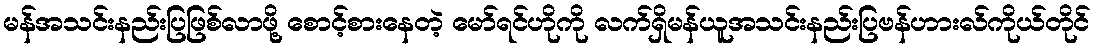
မန်အသင်းနည်းပြဖြစ်လာဖို့ စောင့်စားနေတဲ့ မော်ရင်ဟိုကို လက်ရှိမန်ယူအသင်းနည်းပြဗန်ဟားလ်ကိုယ်တိုင်